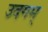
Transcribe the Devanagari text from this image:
उदगम्